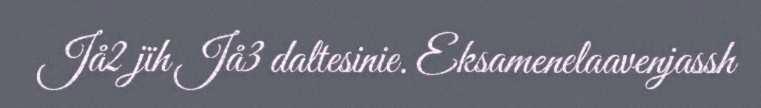
Jå2 jïh Jå3 daltesinie. Eksamenelaavenjassh